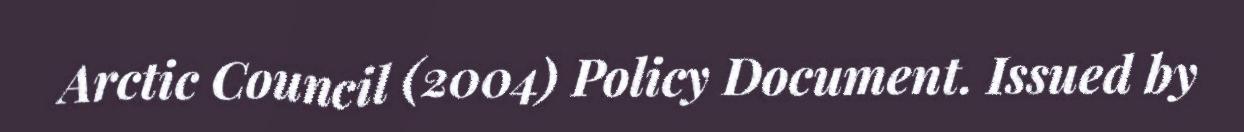
Arctic Council (2004) Policy Document. Issued by